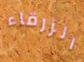
الزرقاء